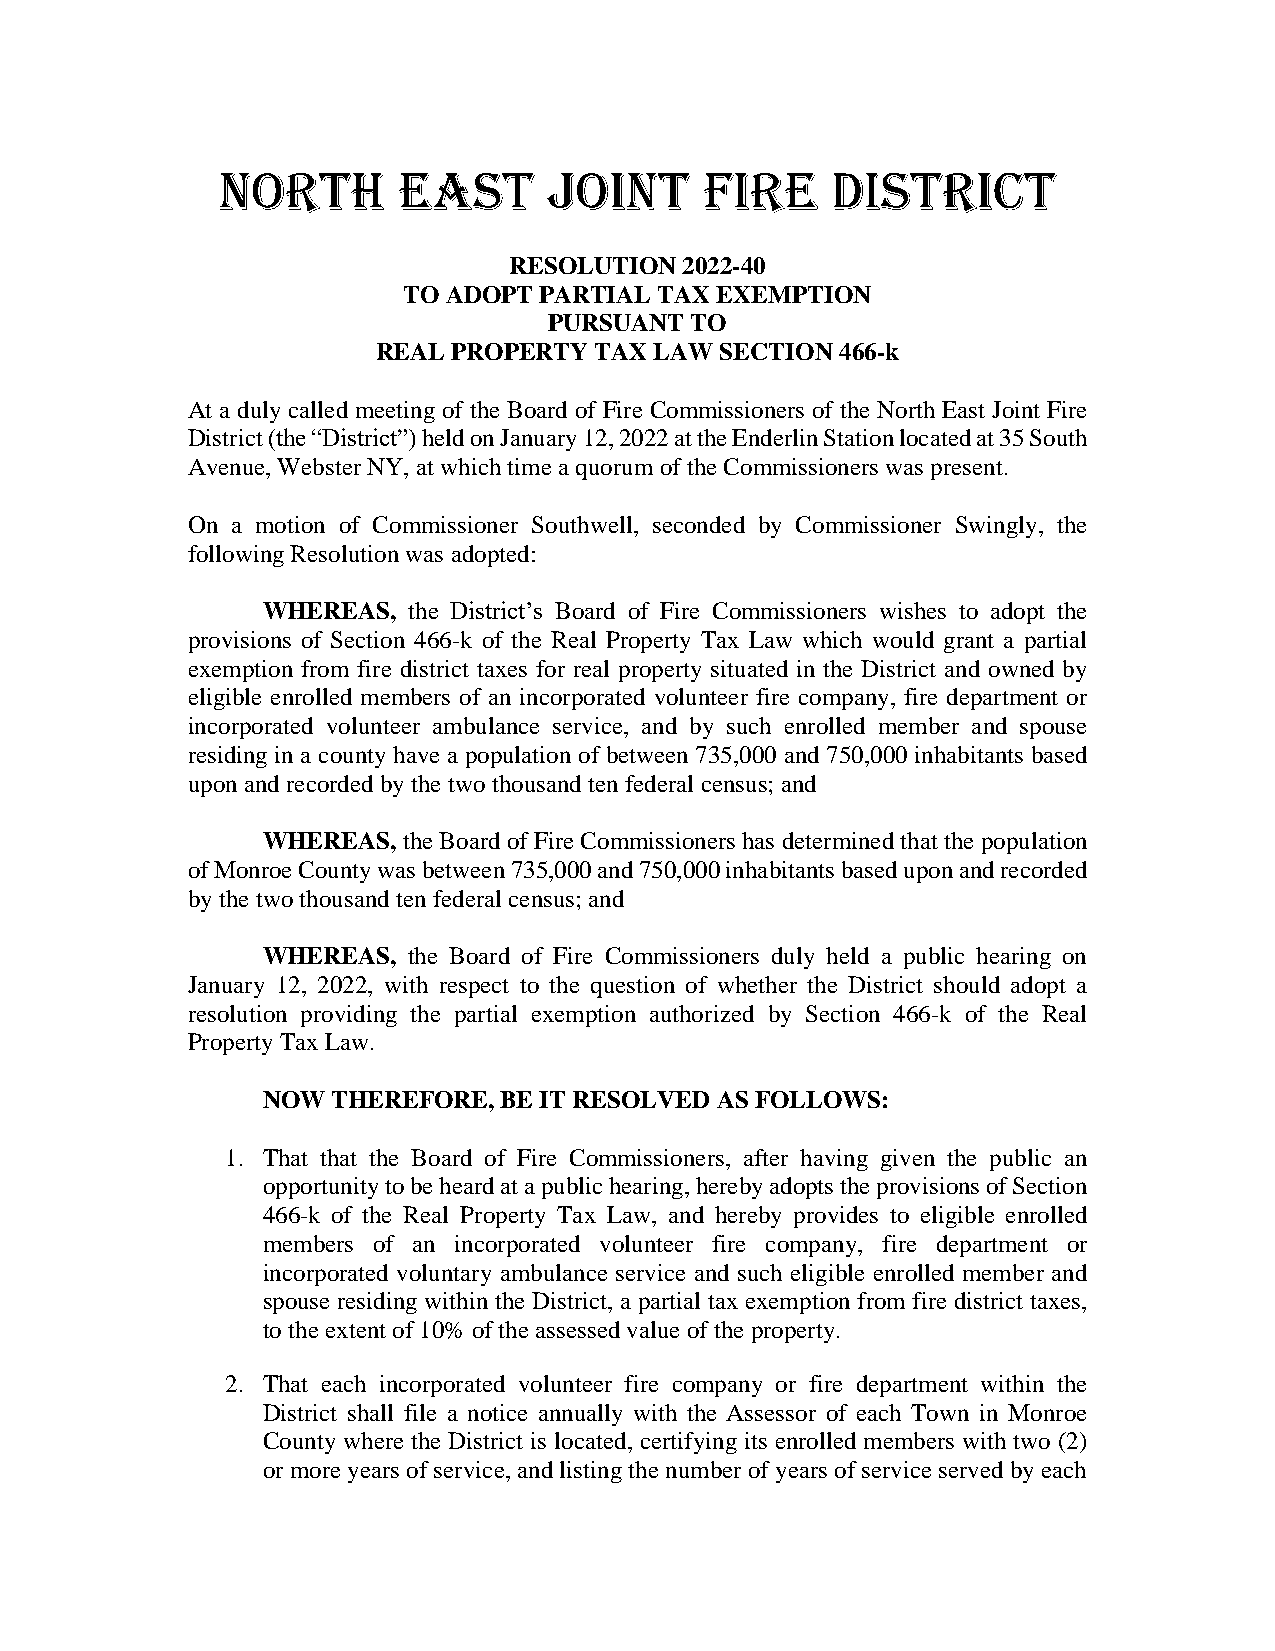
NORTH       EAST      JOINT      FIRE    DISTRICT
 RESOLUTION 2022-40
 TO ADOPT PARTIAL TAX EXEMPTION
 PURSUANT  TO
 REAL PROPERTY TAX LAW  SECTION 466-k
 At a duly called meeting of the Board of Fire Commissioners of the North East Joint Fire
 District (the “District”) held on January 12, 2022 at the Enderlin Station located at 35 South
 Avenue, Webster NY, at which time a quorum of the Commissioners was present.
 On a motion of Commissioner Southwell, seconded by Commissioner Swingly, the
 following Resolution was adopted:
 WHEREAS,  the District’s Board of Fire Commissioners wishes to adopt the
 provisions of Section 466-k of the Real Property Tax Law which would grant a partial
 exemption from fire district taxes for real property situated in the District and owned by
 eligible enrolled members of an incorporated volunteer fire company, fire department or
 incorporated volunteer ambulance service, and by such enrolled member and spouse
 residing in a county have a population of between 735,000 and 750,000 inhabitants based
 upon and recorded by the two thousand ten federal census; and
 WHEREAS,  the Board of Fire Commissioners has determined that the population
 of Monroe County was between 735,000 and 750,000 inhabitants based upon and recorded
 by the two thousand ten federal census; and
 WHEREAS,  the Board of Fire Commissioners duly held a public hearing on
 January 12, 2022, with respect to the question of whether the District should adopt a
 resolution providing the partial exemption authorized by Section 466-k of the Real
 Property Tax Law.
 NOW  THEREFORE, BE IT RESOLVED AS FOLLOWS:
 1. That that the Board of Fire Commissioners, after having given the public an
 opportunity to be heard at a public hearing, hereby adopts the provisions of Section
 466-k of the Real Property Tax Law, and hereby provides to eligible enrolled
 members of an incorporated volunteer fire company, fire department or
 incorporated voluntary ambulance service and such eligible enrolled member and
 spouse residing within the District, a partial tax exemption from fire district taxes,
 to the extent of 10% of the assessed value of the property.
 2. That each incorporated volunteer fire company or fire department within the
 District shall file a notice annually with the Assessor of each Town in Monroe
 County where the District is located, certifying its enrolled members with two (2)
 or more years of service, and listing the number of years of service served by each